Report on vaccination in Madras 1895-1903 - 1895-1903
Year: 1895
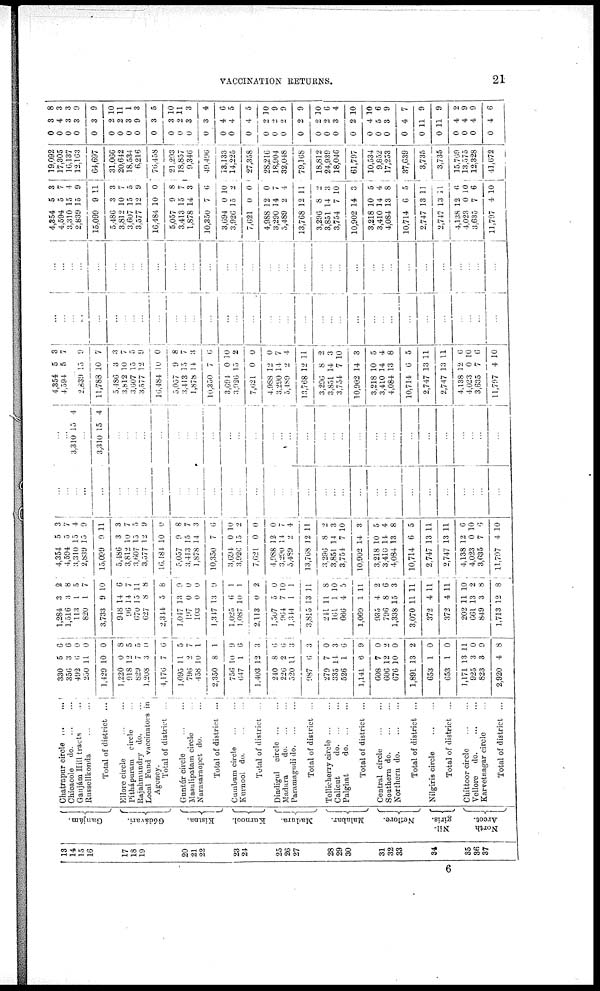
VACCINATION RETURNS.
21
13
14
15
16
17
18
19
20
21
22
23
24
25
26
27
28
29
30
31
32
33
34
35
36
37
Ganjám.
Gódávari.
Kistna.
Kurnool.
Madura.
Malabar.
Nellore.
Nil-
giris.
North
Arcot.
Chatrapur circle
...
...
Chicacole
do. ... ...
Ganjám Hill tracts ...
Russellkonda
...
...
Total of district ...
Ellore circle
...
...
Pithápuram circle ...
Rajahmundry do. ...
Local Fund vaccinators in
Agency.
Total of district ...
Guntúr circle
...
...
Masulipatam circle ...
Narasaraopet do. ...
Total of district
...
Cumbum circle ... ...
Kurnool do. ... ...
Total of district ...
Dindignl circle
...
...
Madura
d
o
. ... ...
Paramagudi do. ... ...
Total of district ...
Tellicherry circle
...
...
Calicut
d
o
. ... ...
Palghat
d
o
. ... ...
Total of district ...
Central circle ... ...
Southern d
o
. ... ...
Northern d
o
. ... ...
Total of district ...
Nilgiris circle
...
...
Total of district ...
Chittoor circle
...
...
Vellore
d
o
. ... ...
Karvetnagar circle ...
Total of district ...
330
356
492
250
1,429
1,220
918
829
1,208
4,176
1,095
796
458
2,350
756
647
1,403
240
226
520
987
279
335
526
1,141
608
606
676
1,891
653
653
1,171
925
823
2,920
5
3
6
11
10
0
12
7
3
7
11
2
10
8
10
1
12
8
2
11
6
7
14
1
6
7
12
10
13
1
1
13
3
3
4
6 6
0
0
0
8
5
5
0
6
5
7
1
1
9
6
3
6
6
3
3
0
3
6
9
0
2
0
2
0
0
11
0
9
8
1,284
1,516
113
820
3,733
948
96
670
627
2,344
1,047
197
103
1,347
1,025
1,087
2,113
1,507
964
1,344
3,815
241
161
666
1,069
935
796
1,338
3,070
372
372
202
661
849
1,713
3
3
1
1
9
14
14
15
8
5
13
0
0
13
6
10
0
5
7
1
13
11
1
4
1
4
8
15
11
4
4
11
13
3
12
2
8
5
7
10
6
7
11
8
8
9
0
0
9
1
1
2
0
10
1
11
8
10
5
11
2
6
3
11
11
11
10
2
8
8
4,354
4,594
3,310
2,839
15,099
5,486
3,82
3,607
3,577
16,484
5,057
3,413
1,878
10,350
3,694
3,926
7,621
4,988
3,290
5,489
13,768
3,296
3,851
3,754
10,902
3,218
3,410
4,084
10,714
2,747
2,747
4,138
4,023
3,635
11,797
5
5
15
15
9
3
10
15
12
10
9
15
14
7
0
15
0
12
14
2
12
8
14
7
14
10
14
13
6
13
13
12
0
7
4
3
7
4
9
11
3
7
5
9
0
8
7
3
6
10
2
0
0
7
4
11
2
3
10
3
5
4
8
5
11
11
6
10
6
10
...
...
...
...
...
...
...
...
...
...
...
...
...
...
...
...
...
...
...
...
...
...
...
...
...
...
...
...
...
...
...
...
...
...
...
...
...
3,310 15 4
...
3,310 15 4
...
...
...
...
...
...
...
...
...
...
...
...
...
...
...
...
...
...
...
...
...
...
...
...
...
...
...
...
...
...
4,354
4,594
5
5
3
7
...
2,839
11,788
5,486
3,812
3,607
3,577
16,484
5,057
3,413
1,878
10,350
3,694
3,926
7,621
4,988
3,290
5,489
13,768
3,296
3,851
3,754
10,902
3,218
3,410
4,084
10,714
2,747
2,747
4,138
4,023
3,635
11,797
13
10
3
10
15
12
10
9
15
14
7
0
15
0
12
14
2
12
8
14
7
14
10
14
13
6
13
13
12
0
7
4
9
7
3
7
5
9
0
8
7
3
0
10
2
0
0
7
4
11
2
3
10
3
5
4
8
5
11
11
6
10
6
10
...
...
...
...
...
...
...
...
...
...
...
...
...
...
...
...
...
...
...
...
...
...
...
...
...
...
...
...
...
...
...
...
...
...
...
...
...
...
...
...
...
...
...
...
...
...
...
...
...
...
...
...
...
...
...
...
...
...
...
...
...
...
...
...
...
...
...
...
...
...
4,354
4,594
3,310
2,839
15,099
5,486
3,812
3,607
3,577
16,484
5,057
3,413
l,878
10,350
3,694
3,926
7,621
4,988
3,290
5,489
13,768
3,296
3,851
3,754
10,902
3,218
3,410
4,084
10,714
2,747
2,747
4,138
4,023
3,635
11,797
5
5
15
15
9
3
10
15
12
10
9
15
14
7
0
15
0
12
14
2
12
8
14
7
14
10
14
13
6
13
13
12
0
7
4
3
7
4
9
11
3
7
0
9
0
8
7
3
6
10
2
0
0
7
4
11
2
3
10
3
5
4
8
5
11
11
6
10
6
10
19,092
17,305
16,137
12,163
64,697
31,066
20,642
18,534
6,216
76,458
21,293
18,857
9,346
49,496
13,133
14,225
27,358
28,216
18,904
32,048
79,168
18,812
24,939
18,046
61,797
10,534
9,852
17,253
37,639
3,735
3,735
15,769
13,575
12,328
41,672
0
0
0
0
0
0
0
0
0
0
0
0
0
0
0
0
0
0
0
0
0
0
0
0
0
0
0
0
0
0
0
0
0
0
0
3
4
3
3
3
2
2
3
9
3
3
2 3
3
4
4
4
2
2
2
2
9
2
3
2
4
5
3
4
11
11
4
4
4
4
8
3
3
9
9
10
11
1
3
5
10
11
3
4
6
5
5
10
9
9
9
10
6
4
10
10
6
9
7
9
9
2
9
9
6
6